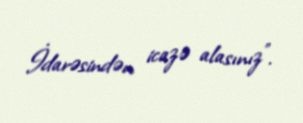
İdarəsindən icazə alasınız”.